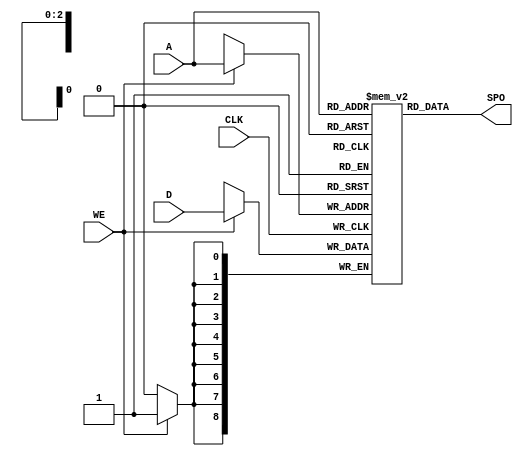
`timescale 1ns / 1ps
module small_mem(CLK, A, D, WE, SPO);
   parameter addr_width = 3;
   parameter data_width = 9;
   input     CLK;
   input [addr_width-1:0] A;
   input [data_width-1:0] D;
   input 		  WE;
   output [data_width-1:0] SPO;

   reg [data_width-1:0] 		   mem [2**addr_width-1:0];

   always@(posedge CLK) begin
      if(WE) begin
	 mem[A] = D;
      end
   end

   assign SPO = mem[A];
endmodule// Local Variables:
// verilog-library-directories:("." ".." "../or1200" "../jpeg" "../pkmc" "../dvga" "../uart" "../monitor" "../lab1" "../dafk_tb" "../eth" "../wb" "../leela")
// End: